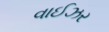
વાઈઝર